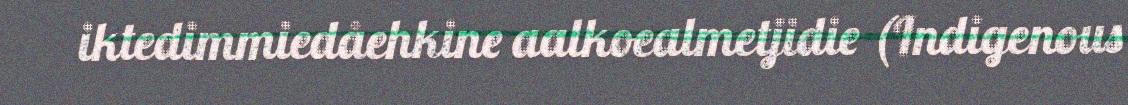
iktedimmiedåehkine aalkoealmetjidie (Indigenous